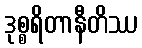
ဒုစ္စရိတာနီတိဿ